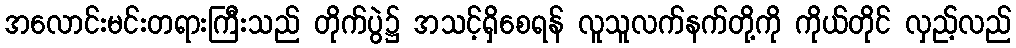
အလောင်းမင်းတရားကြီးသည် တိုက်ပွဲ၌ အသင့်ရှိစေရန် လူသူလက်နက်တို့ကို ကိုယ်တိုင် လှည့်လည်